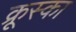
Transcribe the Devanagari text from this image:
क्रूस्का